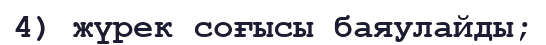
4) жүрек соғысы баяулайды;